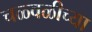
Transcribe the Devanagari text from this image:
चळ्वळीच्या